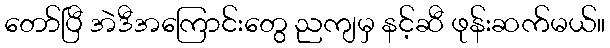
တော်ပြီ အဲဒီအကြောင်းတွေ ညကျမှ နင့်ဆီ ဖုန်းဆက်မယ်။